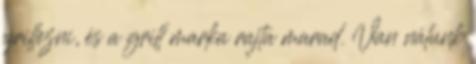
grillezni, és a grill marka rajta marad. Van nálunk